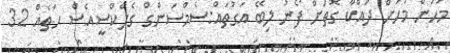
މަހުން މަހަށް ދައްކާ ގޮތަށް ފޯނު ލިބޭ އަގުތައް:ސެމްސަންގް ގެލެކްސީއެސް ހަތެއް 32